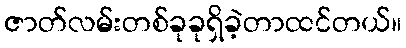
ဇာတ်လမ်းတစ်ခုခုရှိခဲ့တာထင်တယ်။